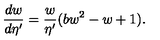
\frac { d w } { d \eta ^ { \prime } } = \frac { w } { \eta ^ { \prime } } ( b w ^ { 2 } - w + 1 ) .